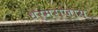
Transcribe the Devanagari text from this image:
धर्मराजाय